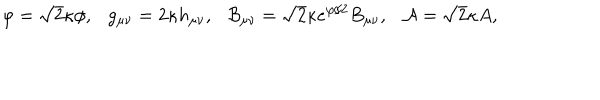
\varphi = \sqrt { 2 } \kappa \phi , \ \ \ g _ { \mu \nu } = 2 \kappa h _ { \mu \nu } , \ \ \ { \cal B } _ { \mu \nu } = \sqrt { 2 } \kappa e ^ { \varphi / 2 } B _ { \mu \nu } , \ \ \ { \cal A } = \sqrt { 2 } \kappa A ,